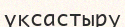
үқсастыру